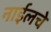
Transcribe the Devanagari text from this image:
नाईलचे